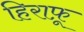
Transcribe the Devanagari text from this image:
हिराफ़ू